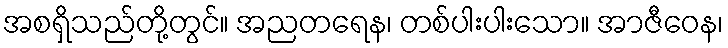
အစရှိသည်တို့တွင်။ အညတရေန၊ တစ်ပါးပါးသော။ အာဇီဝေန၊